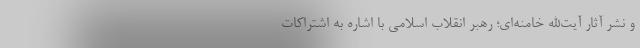
و نشر آثار آیت‌الله خامنه‌ای؛ رهبر انقلاب اسلامی با اشاره به اشتراکات